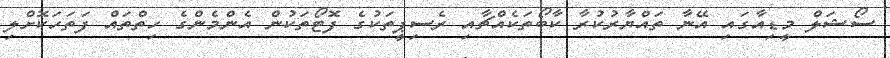
ސޯޝަލް މީޑިއާގައި އޭނާ ތައްޔާރުކުރާ ކާބޯތަކެއްޗާއި ރެސިޕީތަކުގެ ފޮޓޯތަކުން އެންމެންގެ ހިތްތައް ފަތަހަކޮށްލި